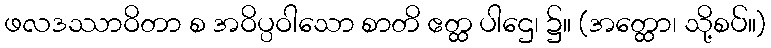
ဖလဒဿာဝိတာ စ အဝိပ္ပဝါသော စာတိ ဧတ္ထ ပါဌေ၊ ၌။ (အတ္ထော၊ သို့စပ်။)